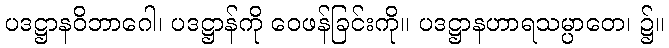
ပဒဋ္ဌာနဝိဘာဂေါ၊ ပဒဋ္ဌာန်ကို ဝေဖန်ခြင်းကို။ ပဒဋ္ဌာနဟာရသမ္ပာတေ၊ ၌။